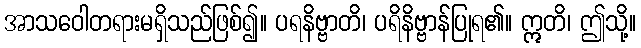
အာသဝေါတရားမရှိသည်ဖြစ်၍။ ပရနိဗ္ဗာတိ၊ ပရိနိဗ္ဗာန်ပြုရ၏။ ဣတိ၊ ဤသို့။